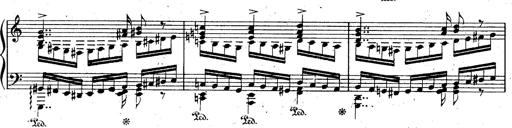
Title: God Save the Queen
Composer: Charles LÃ©on Hess
Key: A major